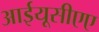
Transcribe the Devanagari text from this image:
आईयूसीएए